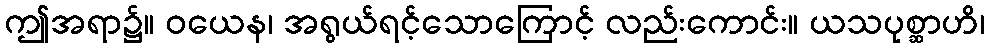
ဤအရာ၌။ ဝယေန၊ အရွယ်ရင့်သောကြောင့် လည်းကောင်း။ ယသပုစ္ဆာဟိ၊